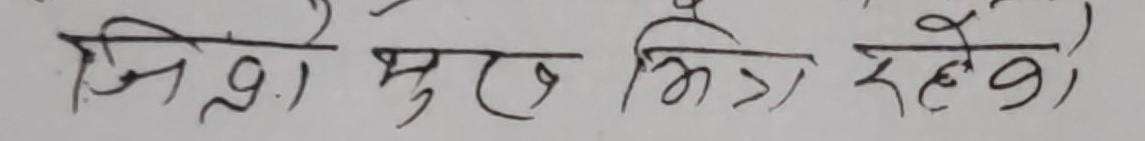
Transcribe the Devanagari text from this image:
जिम्रो मुख भित्र रहेको,